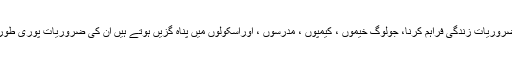
پہلا کام متأثرین کو ضروریات زندگی فراہم کرنا، جولوگ خیموں ، کیمپوں ، مدرسوں ، اوراسکولوں میں پناہ گزیں ہوتے ہیں ان کی ضروریات پوری طورپر پوری کی جائیں ۔